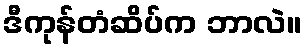
ဒီကုန်တံဆိပ်က ဘာလဲ။